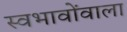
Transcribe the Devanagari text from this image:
स्वभावोंवाला